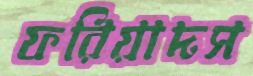
ফরিয়াদস